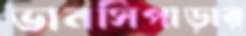
ভানসিপাড়ার